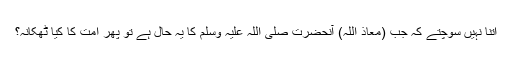
اتنا نہیں سوچتے کہ جب (معاذ اللہ) آنحضرت صلی اللہ علیہ وسلم کا یہ حال ہے تو پھر امت کا کیا ٹھکانہ؟